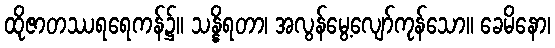
ထိုဇာတဿရရေကန်၌။ သန္နိရတာ၊ အလွန်မွေ့လျော်ကုန်သော။ ခေမိနော၊